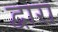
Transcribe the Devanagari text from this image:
द्वारा